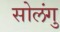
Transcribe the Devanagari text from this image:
सोलंगु